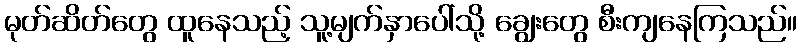
မုတ်ဆိတ်တွေ ထူနေသည့် သူ့မျက်နှာပေါ်သို့ ချွေးတွေ စီးကျနေကြသည်။